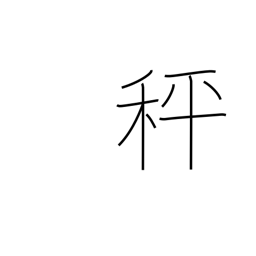
Meaning: balances